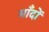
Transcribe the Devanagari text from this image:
माँदों